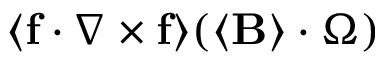
\langle \mathbf { f } \cdot \nabla \times \mathbf { f } \rangle ( \langle \mathbf { B } \rangle \cdot \boldsymbol { \Omega } )